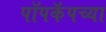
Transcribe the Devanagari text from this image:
पॉपकॅपच्या